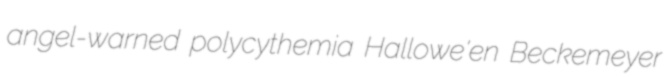
angel-warned polycythemia Hallowe'en Beckemeyer